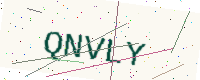
Text: QNVLY